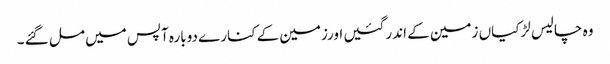
وہ چالیس لڑکیاں زمین کے اندر گئیں اورزمین کے کنارے دوبارہ آپس میں مل گئے ۔